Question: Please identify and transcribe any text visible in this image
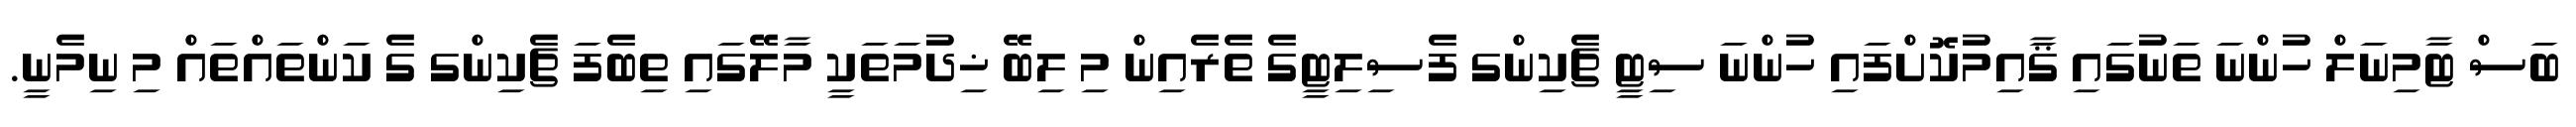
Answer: ބަސް ޓާމިނަލް ހުންނަ ތަނުގައި ޤާއިމުކޮށްފައި ހުންނަ ސިޓީ ޗެކިންގ ފެސިލިޓީގެ ތެރެއިން މި ލިބޭ ޚިދުމަތަކީ މާލޭގައި ތިބެފަ ޗެކިންގ ގެ ކަންތައްތައް މި ނިމެނީ.